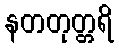
နတတုတ္တရိ